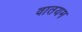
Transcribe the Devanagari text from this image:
वातयम